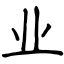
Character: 业